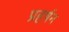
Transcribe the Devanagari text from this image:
प्रहर्षन